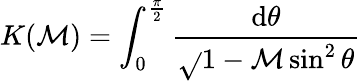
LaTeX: K(\mathcal{M})=\int_{0}^{\frac{{\pi}}{{2}}}{\frac{{\mathrm{{d}}\theta}}{{\sqrt{}{{1-\mathcal{M}\sin^{2}\theta}}}}}